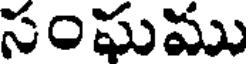
సంఘము